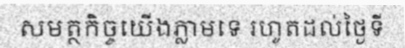
សមត្ថកិច្ចយើងភ្លាមទេ រហូតដល់ថ្ងៃទី